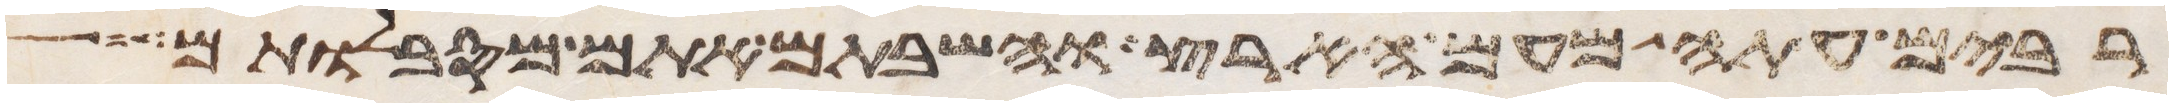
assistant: רבים עתה מעם הארץ והשבתם אתם מסבלותם